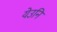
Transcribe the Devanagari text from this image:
येउनि